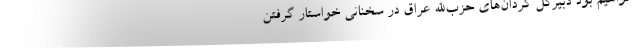
خواهیم بود دبیرکل گردان‌های حزب‌الله عراق در سخنانی خواستار گرفتن